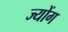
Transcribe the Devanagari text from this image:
ज्योंग